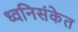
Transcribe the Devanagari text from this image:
ध्वनिसंकेत